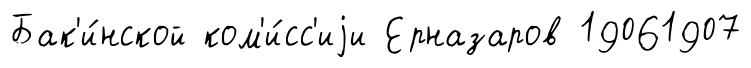
Бак'и́нской ком'и́сс'иjи Ерназаров 19061907